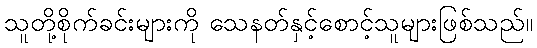
သူတို့စိုက်ခင်းများကို သေနတ်နှင့်စောင့်သူများဖြစ်သည်။